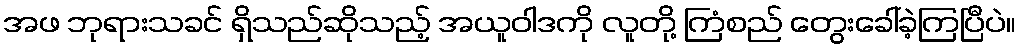
အဖ ဘုရားသခင် ရှိသည်ဆိုသည့် အယူဝါဒကို လူတို့ ကြံစည် တွေးခေါ်ခဲ့ကြပြီပဲ။